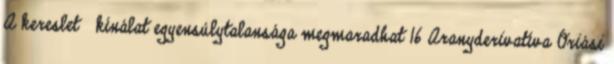
A kereslet kínálat egyensúlytalansága megmaradhat 16 Aranyderivatíva Óriási